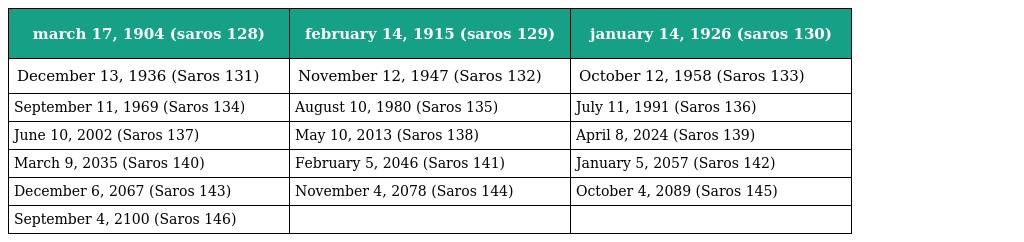
| march 17, 1904 (saros 128) | february 14, 1915 (saros 129) | january 14, 1926 (saros 130) |
 | --- | --- | --- |
 | December 13, 1936 (Saros 131) | November 12, 1947 (Saros 132) | October 12, 1958 (Saros 133) |
 | September 11, 1969 (Saros 134) | August 10, 1980 (Saros 135) | July 11, 1991 (Saros 136) |
 | June 10, 2002 (Saros 137) | May 10, 2013 (Saros 138) | April 8, 2024 (Saros 139) |
 | March 9, 2035 (Saros 140) | February 5, 2046 (Saros 141) | January 5, 2057 (Saros 142) |
 | December 6, 2067 (Saros 143) | November 4, 2078 (Saros 144) | October 4, 2089 (Saros 145) |
 | September 4, 2100 (Saros 146) |  |  |